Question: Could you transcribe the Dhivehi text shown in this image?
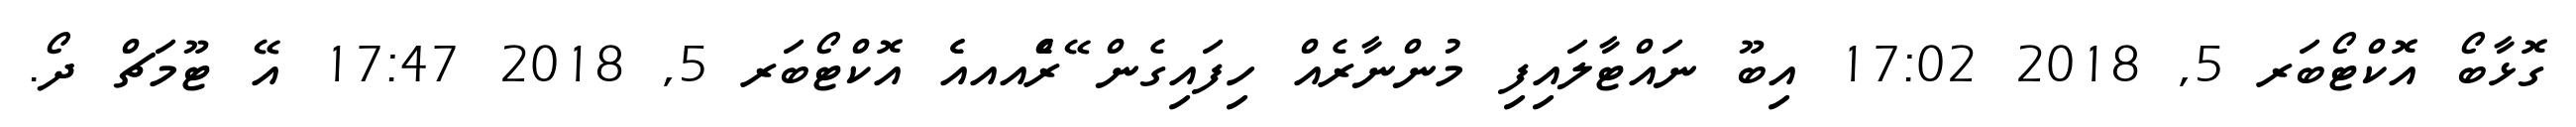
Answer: ގޮޅާބޯ އޮކްޓޯބަރ 5, 2018 17:02 އިބޫ ނައްޓާލައިފި މުންނާރެއް ހިފައިގެން ޭރެެްއއއެެ އޮކްޓޯބަރ 5, 2018 17:47 އޭ ޓޫމަޗް ދޯ.